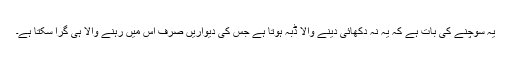
یہ سوچنے کی بات ہے کہ یہ نہ دکھائی دینے والا ڈبہ ہوتا ہے جس کی دیواریں صرف اس میں رہنے والا ہی گرا سکتا ہے۔